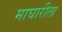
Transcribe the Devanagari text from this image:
माघारीला